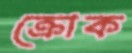
ক্রোক